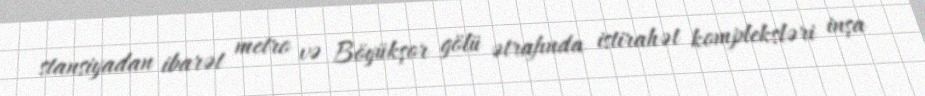
stansiyadan ibarət metro və Böyükşor gölü ətrafında istirahət kompleksləri inşa